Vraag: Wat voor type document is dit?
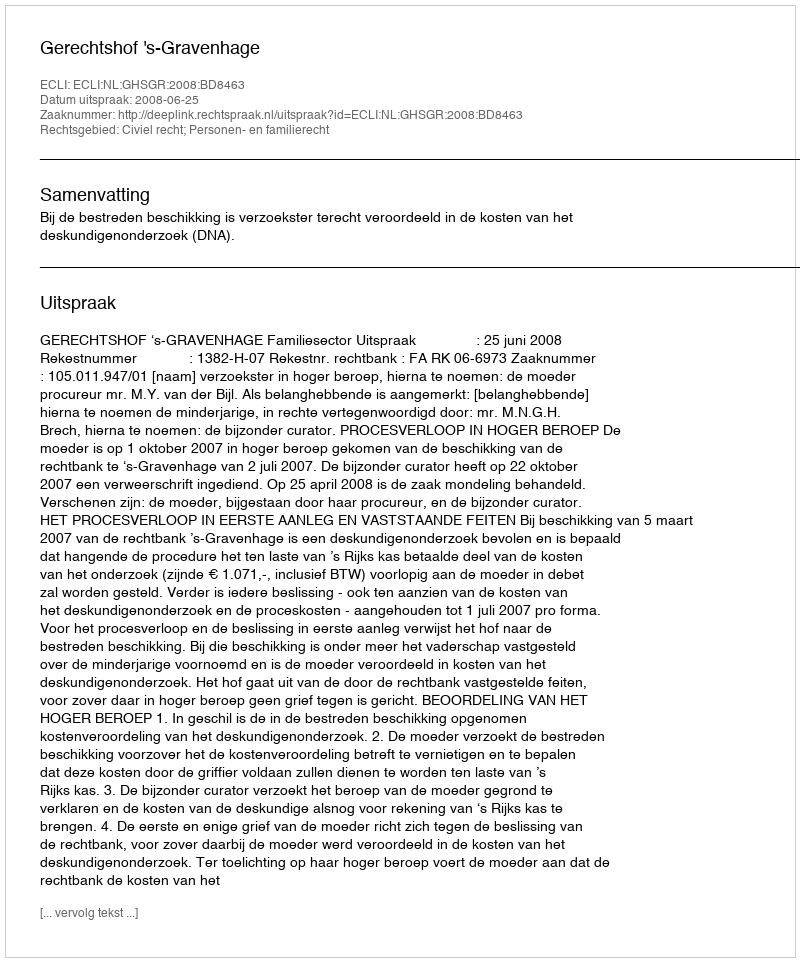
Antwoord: Uitspraak